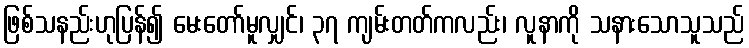
ဖြစ်သနည်းဟုပြန်၍ မေးတော်မူလျှင်၊ ၃၇ ကျမ်းတတ်ကလည်း၊ လူနာကို သနားသောသူသည်